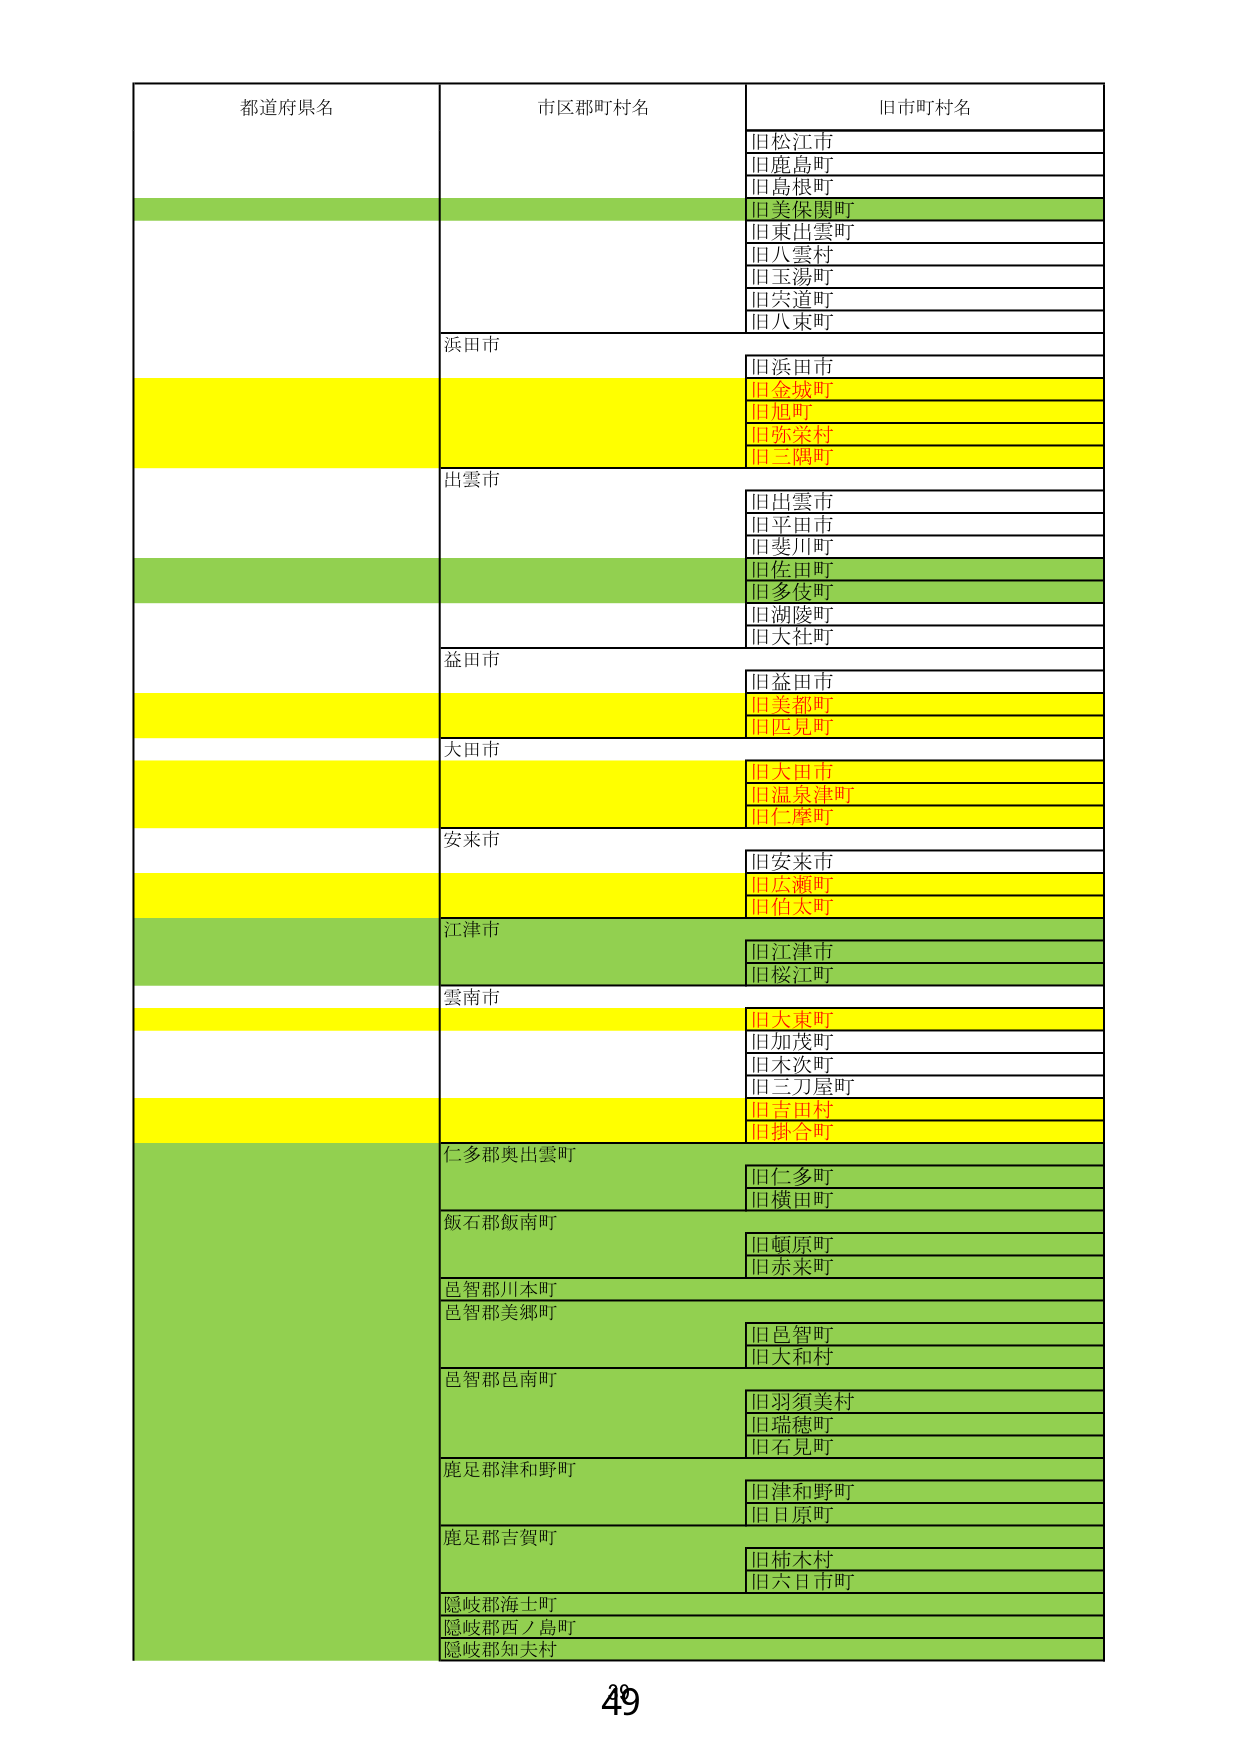
都道府県名
市区郡町村名
旧市町村名
旧松江市
旧鹿島町
旧島根町
旧美保関町
旧東出雲町
旧八雲村
旧玉湯町
旧宍道町
旧八束町
浜田市
旧浜田市
旧金城町
旧旭町
旧弥栄村
旧三隅町
出雲市
旧出雲市
旧平田市
旧斐川町
旧佐田町
旧多伎町
旧湖陵町
旧大社町
益田市
旧益田市
旧美都町
旧匹見町
大田市
旧大田市
旧温泉津町
旧仁摩町
安来市
旧安来市
旧広瀬町
旧伯太町
江津市
旧江津市
旧桜江町
雲南市
旧大東町
旧加茂町
旧木次町
旧三刀屋町
旧吉田村
旧掛合町
仁多郡奥出雲町
旧仁多町
旧横田町
飯石郡飯南町
旧頓原町
旧赤来町
邑智郡川本町
邑智郡美郷町
旧邑智町
旧大和村
邑智郡邑南町
旧羽須美村
旧瑞穂町
旧石見町
鹿足郡津和野町
旧津和野町
旧目原町
鹿足郡吉賀町
旧柿木村
旧六日市町
隠岐郡海士町
隠岐郡西ノ島町
隠岐郡知夫村
49